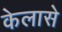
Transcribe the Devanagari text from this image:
केलासे